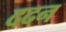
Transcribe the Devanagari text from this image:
ददन